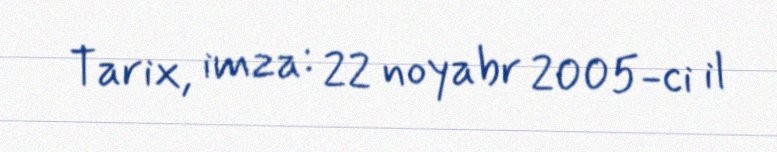
Tarix, imza: 22 noyabr 2005-ci il